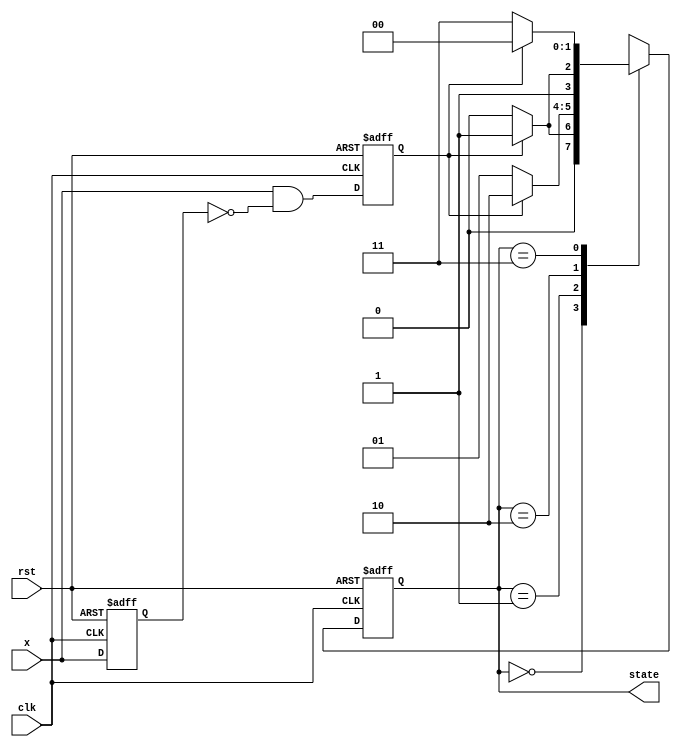
module counter_2bit(clk, rst, x, state);

input clk, rst;
input x;
reg x_reg, x_trig;
output reg [1:0] state;

always @(negedge rst or posedge clk) begin
    if(!rst) begin
    {x_reg, x_trig} <= 2'b00;
    end
    else begin
        x_reg <= x;
        x_trig <= x & ~x_reg;
    end
end

always @(negedge rst or posedge clk) begin
    if(!rst) state <= 2'b00;
    else begin 
        case(state)
            2'b00 : state <= x_trig ? 2'b01 : 2'b00;
            2'b01 : state <= x_trig ? 2'b10 : 2'b01;
            2'b10 : state <= x_trig ? 2'b11 : 2'b10;
            2'b11 : state <= x_trig ? 2'b00 : 2'b11;
       endcase
   end
end

endmodule